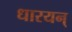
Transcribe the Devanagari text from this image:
धारयन्